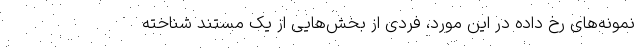
نمونه‌های رخ داده در این مورد، فردی از بخش‌هایی از یک مستند شناخته